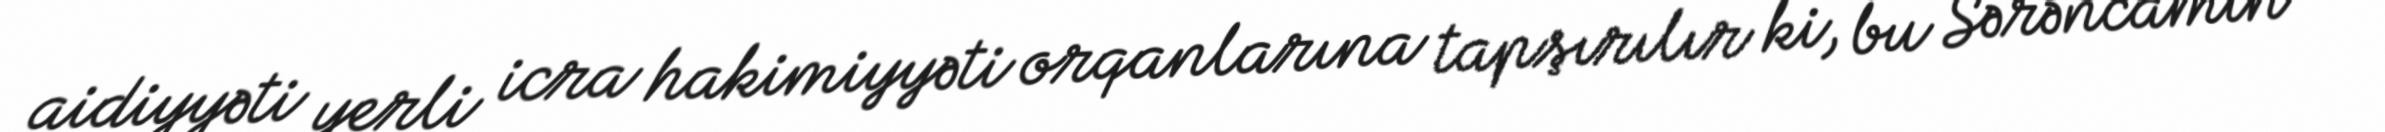
aidiyyəti yerli icra hakimiyyəti orqanlarına tapşırılır ki, bu Sərəncamın